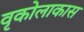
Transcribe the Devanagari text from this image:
वृकोलाकास